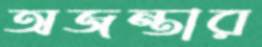
অজন্তার